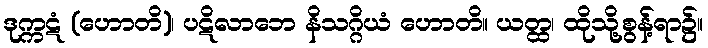
ဒုက္ကဋံ (ဟောတိ)၊ ပဋိလာဘေ နိသဂ္ဂိယံ ဟောတိ။ ယတ္ထ၊ ထိုသို့စွန့်ရာ၌။